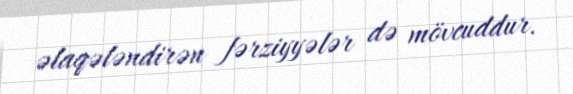
əlaqələndirən fərziyyələr də mövcuddur.